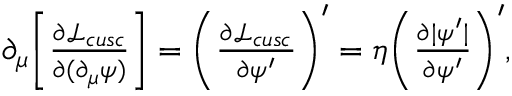
\begin{array} { r } { \partial _ { \mu } \bigg [ \frac { \partial \mathcal { L } _ { c u s c } } { \partial ( \partial _ { \mu } \psi ) } \bigg ] = \bigg ( \frac { \partial \mathcal { L } _ { c u s c } } { \partial \psi ^ { \prime } } \bigg ) ^ { \prime } = \eta \bigg ( \frac { \partial \vert \psi ^ { \prime } \vert } { \partial \psi ^ { \prime } } \bigg ) ^ { \prime } , } \end{array}